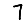
Digit: 7